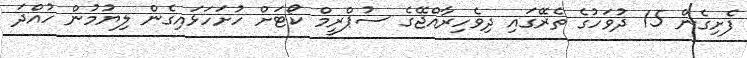
ފެށިގެން 15 ދުވަހުގެ ތެރޭގައި ދިވެހިރާއްޖޭގެ ސުޕްރީމް ކޯޓަށް ހުށަހަޅައިގެން ލިޔުމުން ހުއްދަ